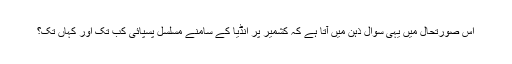
اس صورتحال میں یہی سوال ذہن میں آتا ہے کہ کشمیر پر انڈیا کے سامنے مسلسل پسپائی کب تک اور کہاں تک؟